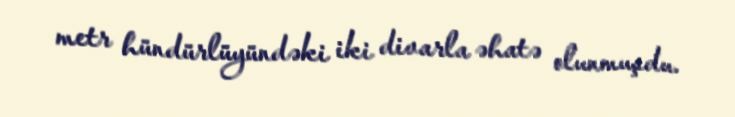
metr hündürlüyündəki iki divarla əhatə olunmuşdu.